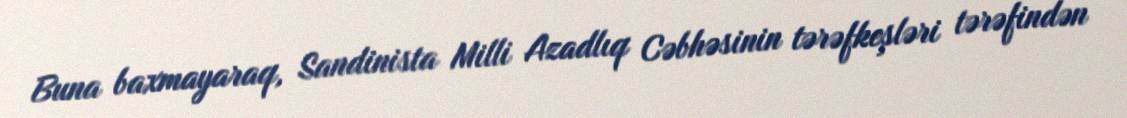
Buna baxmayaraq, Sandinista Milli Azadlıq Cəbhəsinin tərəfkeşləri tərəfindən